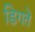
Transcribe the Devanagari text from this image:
डिगते